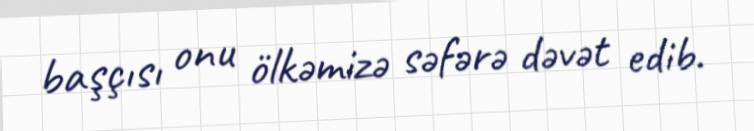
başçısı onu ölkəmizə səfərə dəvət edib.